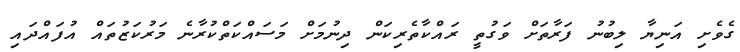
ގެވެށި އަނިޔާ ލިބުނު ފަރާތަށް ވަގުތީ ރައްކާތެރިކަން ދިނުމަށް މަސައްކަތްކުރާނެ މަރުކަޒުތައް އުފައްދައި